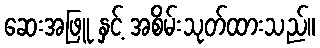
ဆေးအဖြူ နှင့် အစိမ်းသုတ်ထားသည်။